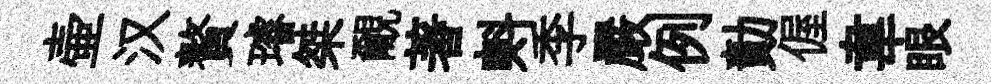
壷汉贅璿桀覼著㪺季嚴例勣偓韋眼